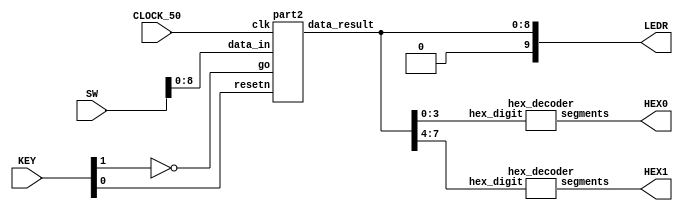
//Sw[7:0] data_in

//KEY[0] synchronous reset when pressed
//KEY[1] go signal

//LEDR displays result
//HEX0 & HEX1 also displays result

module fpga_top(SW, KEY, CLOCK_50, LEDR, HEX0, HEX1);
    input [9:0] SW;
    input [3:0] KEY;
    input CLOCK_50;
    output [9:0] LEDR;
    output [6:0] HEX0, HEX1;

    wire resetn;
    wire go;

    wire [8:0] data_result;
    assign go = ~KEY[1];
    assign resetn = KEY[0];

    part2 u0(
        .clk(CLOCK_50),
        .resetn(resetn),
        .go(go),
        .data_in(SW[8:0]),
        .data_result(data_result)
    );
      
    assign LEDR[9:0] = {2'b00, data_result};

    hex_decoder H0(
        .hex_digit(data_result[3:0]), 
        .segments(HEX0)
        );
        
    hex_decoder H1(
        .hex_digit(data_result[7:4]), 
        .segments(HEX1)
        );

endmodule

module part2(
    input clk,
    input resetn,
    input go,
    input [8:0] data_in,
    output [8:0] data_result
    );

    // lots of wires to connect our datapath and controlDetermine a sequence of steps similar to the datapath example shown in lecture that controls your
	//datapath to perform the required computation. You should draw a table that shows the state of
	//the Registers and control signals for each cycle of your computation. Include this table in your
	//prelab
    wire ld_divisor, ld_dividend, ld_a, ld_r, ld_q;
	 wire  alu_select_a, alu_select_b;
    wire ld_alu_out;
    wire [1:0]alu_op;

    control C0(
        .clk(clk),
        .resetn(resetn),
        
        .go(go),
         
        .ld_divisor(ld_divisor),
        .ld_dividend(ld_dividend),
		  .ld_a(ld_a),
		  .ld_r(ld_r),
		  .ld_q(ld_q),
		  
		  .alu_select_a(alu_select_a),
        .alu_select_b(alu_select_b),
		  .ld_alu_out(ld_alu_out),
        
		 
        .alu_op(alu_op)
    );

    datapath D0(
        .clk(clk),
        .resetn(resetn),

        .ld_alu_out(ld_alu_out), 
        .ld_divisor(ld_divisor),
        .ld_dividend(ld_dividend), 
		  .ld_a(ld_a),
		  .ld_r(ld_r),
		  .ld_q(ld_q),

		  .alu_select_a(alu_select_a),
        .alu_select_b(alu_select_b),
        .alu_op(alu_op),

        .data_in(data_in),
        .data_result(data_result)
    );
                
 endmodule        
                

module control(
    input clk,
    input resetn,
    input go,

    output reg  ld_divisor, ld_dividend, ld_a, ld_r, ld_q,
    output reg  ld_alu_out,
	 output reg  alu_select_a, alu_select_b,
    output reg [1:0]alu_op
    );

    reg [4:0] current_state, next_state; 
    
    localparam  S_LOAD_Divisor  			= 5'd0,
                S_LOAD_Divisor_WAIT    = 5'd1,
                S_LOAD_Dividend        = 5'd2,
                S_LOAD_Dividend_WAIT   = 5'd3,
                S_CYCLE_0       			= 5'd4,
                S_CYCLE_1      			= 5'd5,
					 S_CYCLE_2       			= 5'd6,
                S_CYCLE_3      			= 5'd7,
					 S_CYCLE_4       			= 5'd8,
                S_CYCLE_5      			= 5'd9,
					 S_CYCLE_6       			= 5'd10,
                S_CYCLE_7      			= 5'd11,
					 S_CYCLE_8       			= 5'd12,
                S_CYCLE_9      			= 5'd13,
					 S_CYCLE_10       		= 5'd14,
                S_CYCLE_11      			= 5'd15,
					 S_CYCLE_12       		= 5'd16,
                S_CYCLE_13      			= 5'd17,
					 S_CYCLE_14       		= 5'd18,
                S_CYCLE_15      			= 5'd19;
    
    // Next state logic aka our state table
    always@(*)
    begin: state_table 
            case (current_state)
                S_LOAD_Divisor: next_state = go ? S_LOAD_Divisor_WAIT : S_LOAD_Divisor; // Loop in current state until value is input
                S_LOAD_Divisor_WAIT: next_state = go ? S_LOAD_Divisor_WAIT : S_LOAD_Dividend; // Loop in current state until go signal goes low
                S_LOAD_Dividend: next_state = go ? S_LOAD_Dividend_WAIT : S_LOAD_Dividend; // Loop in current state until value is input
                S_LOAD_Dividend_WAIT: next_state = go ? S_LOAD_Dividend_WAIT : S_CYCLE_0; // Loop in current state until go signal goes low
                S_CYCLE_0: next_state = S_CYCLE_1;
                S_CYCLE_1: next_state = S_CYCLE_2;
					 S_CYCLE_2: next_state = S_CYCLE_3;
                S_CYCLE_3: next_state = S_CYCLE_4;
					 S_CYCLE_4: next_state = S_CYCLE_5;
                S_CYCLE_5: next_state = S_CYCLE_6;
					 S_CYCLE_6: next_state = S_CYCLE_7;
                S_CYCLE_7: next_state = S_CYCLE_8;
					 S_CYCLE_8: next_state = S_CYCLE_9;
                S_CYCLE_9: next_state = S_CYCLE_10;
					 S_CYCLE_10: next_state = S_CYCLE_11;
                S_CYCLE_11: next_state = S_CYCLE_12;
					 S_CYCLE_12: next_state = S_CYCLE_13;
                S_CYCLE_13: next_state = S_CYCLE_14;
					 S_CYCLE_14: next_state = S_CYCLE_15;
                S_CYCLE_15: next_state = S_LOAD_Divisor;
            default:     next_state = S_LOAD_Divisor;
        endcase
    end // state_table
   

    // Output logic aka all of our datapath control signals
    always @(*)
    begin: enable_signals
        // By default make all our signals 0
        ld_alu_out = 1'b0;
        ld_divisor = 1'b0;
        ld_dividend = 1'b0;
		  ld_a = 1'b0;
		  ld_r = 1'b0;
		  ld_q = 1'b0;
		  alu_select_a = 1'b0;
        alu_select_b = 1'b0;
        alu_op       = 2'b00;

        case (current_state)
            S_LOAD_Divisor: begin
                ld_divisor = 1'b1;
                end
            S_LOAD_Dividend: begin
                ld_dividend = 1'b1;
                end
					 
            S_CYCLE_0: begin // leftshift the values	
                ld_alu_out = 1'b1; ld_a = 1'b1; ld_dividend = 1'b1; ld_r = 1'b1;
					 alu_select_a = 1'b1; // Dividend
					 alu_select_b = 1'b0; // a
                alu_op = 2'b00; // Do shift operation
            end
            S_CYCLE_1: begin // subtraction + change
                ld_alu_out = 1'b1; ld_a = 1'b1; ld_dividend = 1'b1; ld_r = 1'b1; ld_q = 1'b1;
					 alu_select_a = 1'b0; // Divisor
					 alu_select_b = 1'b0; // a
                alu_op = 2'b01; // Do other operation
            end
				S_CYCLE_2: begin // leftshift the values	
                ld_alu_out = 1'b1; ld_a = 1'b1; ld_dividend = 1'b1; ld_r = 1'b1;
					 alu_select_a = 1'b0; // Divisor
					 alu_select_b = 1'b0; // a
                alu_op = 2'b10; // Do shift operation
            end
            S_CYCLE_3: begin // subtraction + change
                ld_alu_out = 1'b1; ld_a = 1'b1; ld_dividend = 1'b1; ld_r = 1'b1;
					 alu_select_a = 1'b1; // Dividend
					 alu_select_b = 1'b1; // q0
                alu_op = 2'b11; // Do other operation
            end
				
				S_CYCLE_4: begin // leftshift the values	
                ld_alu_out = 1'b1; ld_a = 1'b1; ld_dividend = 1'b1; ld_r = 1'b1;
					 alu_select_a = 1'b1; // Dividend
					 alu_select_b = 1'b0; // a
                alu_op = 2'b00; // Do shift operation
            end
            S_CYCLE_5: begin // subtraction + change
                ld_alu_out = 1'b1; ld_a = 1'b1; ld_dividend = 1'b1; ld_r = 1'b1; ld_q = 1'b1;
					 alu_select_a = 1'b0; // Divisor
					 alu_select_b = 1'b0; // a
                alu_op = 2'b01; // Do other operation
            end
				S_CYCLE_6: begin // leftshift the values	
                ld_alu_out = 1'b1; ld_a = 1'b1; ld_dividend = 1'b1; ld_r = 1'b1; 
					 alu_select_a = 1'b0; // Divisor
					 alu_select_b = 1'b0; // a
                alu_op = 2'b10; // Do shift operation
            end
            S_CYCLE_7: begin // subtraction + change
                ld_alu_out = 1'b1; ld_a = 1'b1; ld_dividend = 1'b1; ld_r = 1'b1; 
					 alu_select_a = 1'b1; // Dividend
					 alu_select_b = 1'b1; // q0
                alu_op = 2'b11; // Do other operation
            end
				
				S_CYCLE_8: begin // leftshift the values	
                ld_alu_out = 1'b1; ld_a = 1'b1; ld_dividend = 1'b1; ld_r = 1'b1;
					 alu_select_a = 1'b1; // Dividend
					 alu_select_b = 1'b0; // a
                alu_op = 2'b00; // Do shift operation
            end
            S_CYCLE_9: begin // subtraction + change
                ld_alu_out = 1'b1; ld_a = 1'b1; ld_dividend = 1'b1; ld_r = 1'b1; ld_q = 1'b1;
					 alu_select_a = 1'b0; // Divisor
					 alu_select_b = 1'b0; // a
                alu_op = 2'b01; // Do other operation
            end
				S_CYCLE_10: begin // leftshift the values	
                ld_alu_out = 1'b1; ld_a = 1'b1; ld_dividend = 1'b1; ld_r = 1'b1;
					 alu_select_a = 1'b0; // Divisor
					 alu_select_b = 1'b0; // a
                alu_op = 2'b10; // Do shift operation
            end
            S_CYCLE_11: begin // subtraction + change
                ld_alu_out = 1'b1; ld_a = 1'b1; ld_dividend = 1'b1; ld_r = 1'b1;
					 alu_select_a = 1'b1; // Dividend
					 alu_select_b = 1'b1; // q0
                alu_op = 2'b11; // Do other operation
            end
				
				S_CYCLE_12: begin // leftshift the values	
                ld_alu_out = 1'b1; ld_a = 1'b1; ld_dividend = 1'b1; ld_r = 1'b1;
					 alu_select_a = 1'b1; // Dividend
					 alu_select_b = 1'b0; // a
                alu_op = 2'b00; // Do shift operation
            end
            S_CYCLE_13: begin // subtraction + change
                ld_alu_out = 1'b1; ld_a = 1'b1; ld_dividend = 1'b1; ld_r = 1'b1; ld_q = 1'b1;
					 alu_select_a = 1'b0; // Divisor
					 alu_select_b = 1'b0; // a
                alu_op = 2'b01; // Do other operation
            end
				S_CYCLE_14: begin // leftshift the values	
                ld_alu_out = 1'b1; ld_a = 1'b1; ld_dividend = 1'b1; ld_r = 1'b1;
					 alu_select_a = 1'b0; // Divisor
					 alu_select_b = 1'b0; // a
                alu_op = 2'b10; // Do shift operation
            end
            S_CYCLE_15: begin // subtraction + change
                ld_alu_out = 1'b1; ld_a = 1'b1; ld_dividend = 1'b1; ld_r = 1'b1;
					 alu_select_a = 1'b1; // Dividend
					 alu_select_b = 1'b1; // q0
                alu_op = 2'b11; // Do other operation
            end
				
        // default:    // don't need default since we already made sure all of our outputs were assigned a value at the start of the always block
        endcase
    end // enable_signals
   
    // current_state registers
    always@(posedge clk)
    begin: state_FFs
        if(!resetn)
            current_state <= S_LOAD_Divisor;
        else
            current_state <= next_state;
    end // state_FFS
endmodule

module datapath(
    input clk,
    input resetn,
    input [8:0] data_in,
    input ld_alu_out, 
    input ld_divisor, ld_dividend, ld_a,
    input ld_r, ld_q,
	 input alu_select_a, alu_select_b,
    input [1:0] alu_op, 
    output reg [8:0] data_result
    );
    
    // input registers
    reg [3:0] divisor; // can do if subtract == <0 then change the index value or something
	 reg [3:0] dividend;
	 reg [3:0] a;
	 reg q0;
    // output of the alu
    reg [8:0] alu_out;
    // alu input muxes
    reg [3:0] alu_a, alu_b;
	 
    // Registers a, b, c, x with respective input logic
    always @ (posedge clk) begin
        if (!resetn) begin
            divisor <= 4'd0; 
            dividend <= 4'd0;
				a <= 4'd0;
				q0 <= 1'b0;
        end
        else begin
            if (ld_divisor)
                divisor <= data_in; // load alu_out if load_alu_out signal is high, otherwise load from data_in
            if (ld_dividend)
                dividend <= ld_alu_out ? alu_out[3:0] : data_in[3:0]; // load alu_out if load_alu_out signal is high, otherwise load from data_in
				if (ld_a)
					a <= ld_alu_out ? alu_out[7:4] : data_in[7:4];
				if (ld_q)
					q0 <= ld_alu_out ? ~alu_out[8] : ~data_in[8];
        end
    end
 
    // Output result register
    always @ (posedge clk) begin
        if (!resetn) begin
            data_result <= 9'd0; 
        end
        else 
            if(ld_r)
                data_result <= alu_out;
    end
	 
	     // The ALU input multiplexers
    always @(*)
    begin
        case (alu_select_a)
            1'b0:
                alu_a = divisor;
            1'b1:
                alu_a = dividend;
            default: alu_a = 4'd0;
        endcase

        case (alu_select_b)
            1'b0:
                alu_b = a;
            1'b1:
                alu_b = {3'b0, q0};
            default: alu_b = 4'd0;
        endcase
    end

    // The ALU 
    always @(*)
    begin : ALU
        // alu
        case (alu_op)
            0: begin
                   alu_out = {alu_b, alu_a, 1'b0}; //performs left shift
               end
            1: begin
					if (alu_a > alu_b) begin
						alu_out = {1'b1, alu_b - alu_a, alu_out[3:0]};
						end
					else begin
						alu_out = {1'b0, alu_b - alu_a, alu_out[3:0]};
						end
					end
				2: begin
					if (alu_out[8] == 1)
						alu_out = {1'b0, alu_b + alu_a, alu_out[3:0]};
					else
						alu_out = alu_out[8:0];
					end
				3: begin
						alu_out = {1'b0, alu_out[7:4], alu_a[3:1], alu_b[0]};
               end
            default: alu_out = 9'd0;
        endcase
    end
    
endmodule


module hex_decoder(hex_digit, segments);
    input [3:0] hex_digit;
    output reg [6:0] segments;
   
    always @(*)
        case (hex_digit)
            4'h0: segments = 7'b100_0000;
            4'h1: segments = 7'b111_1001;
            4'h2: segments = 7'b010_0100;
            4'h3: segments = 7'b011_0000;
            4'h4: segments = 7'b001_1001;
            4'h5: segments = 7'b001_0010;
            4'h6: segments = 7'b000_0010;
            4'h7: segments = 7'b111_1000;
            4'h8: segments = 7'b000_0000;
            4'h9: segments = 7'b001_1000;
            4'hA: segments = 7'b000_1000;
            4'hB: segments = 7'b000_0011;
            4'hC: segments = 7'b100_0110;
            4'hD: segments = 7'b010_0001;
            4'hE: segments = 7'b000_0110;
            4'hF: segments = 7'b000_1110;   
            default: segments = 7'h7f;
        endcase
endmodule